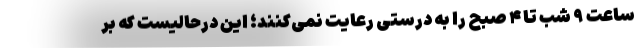
ساعت ۹ شب تا ۴ صبح را به درستی رعایت نمی‌کنند؛ این درحالیست که بر